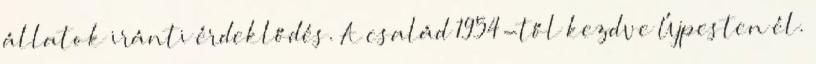
állatok iránti érdeklődés. A család 1954-től kezdve Újpesten él.